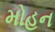
મોહન